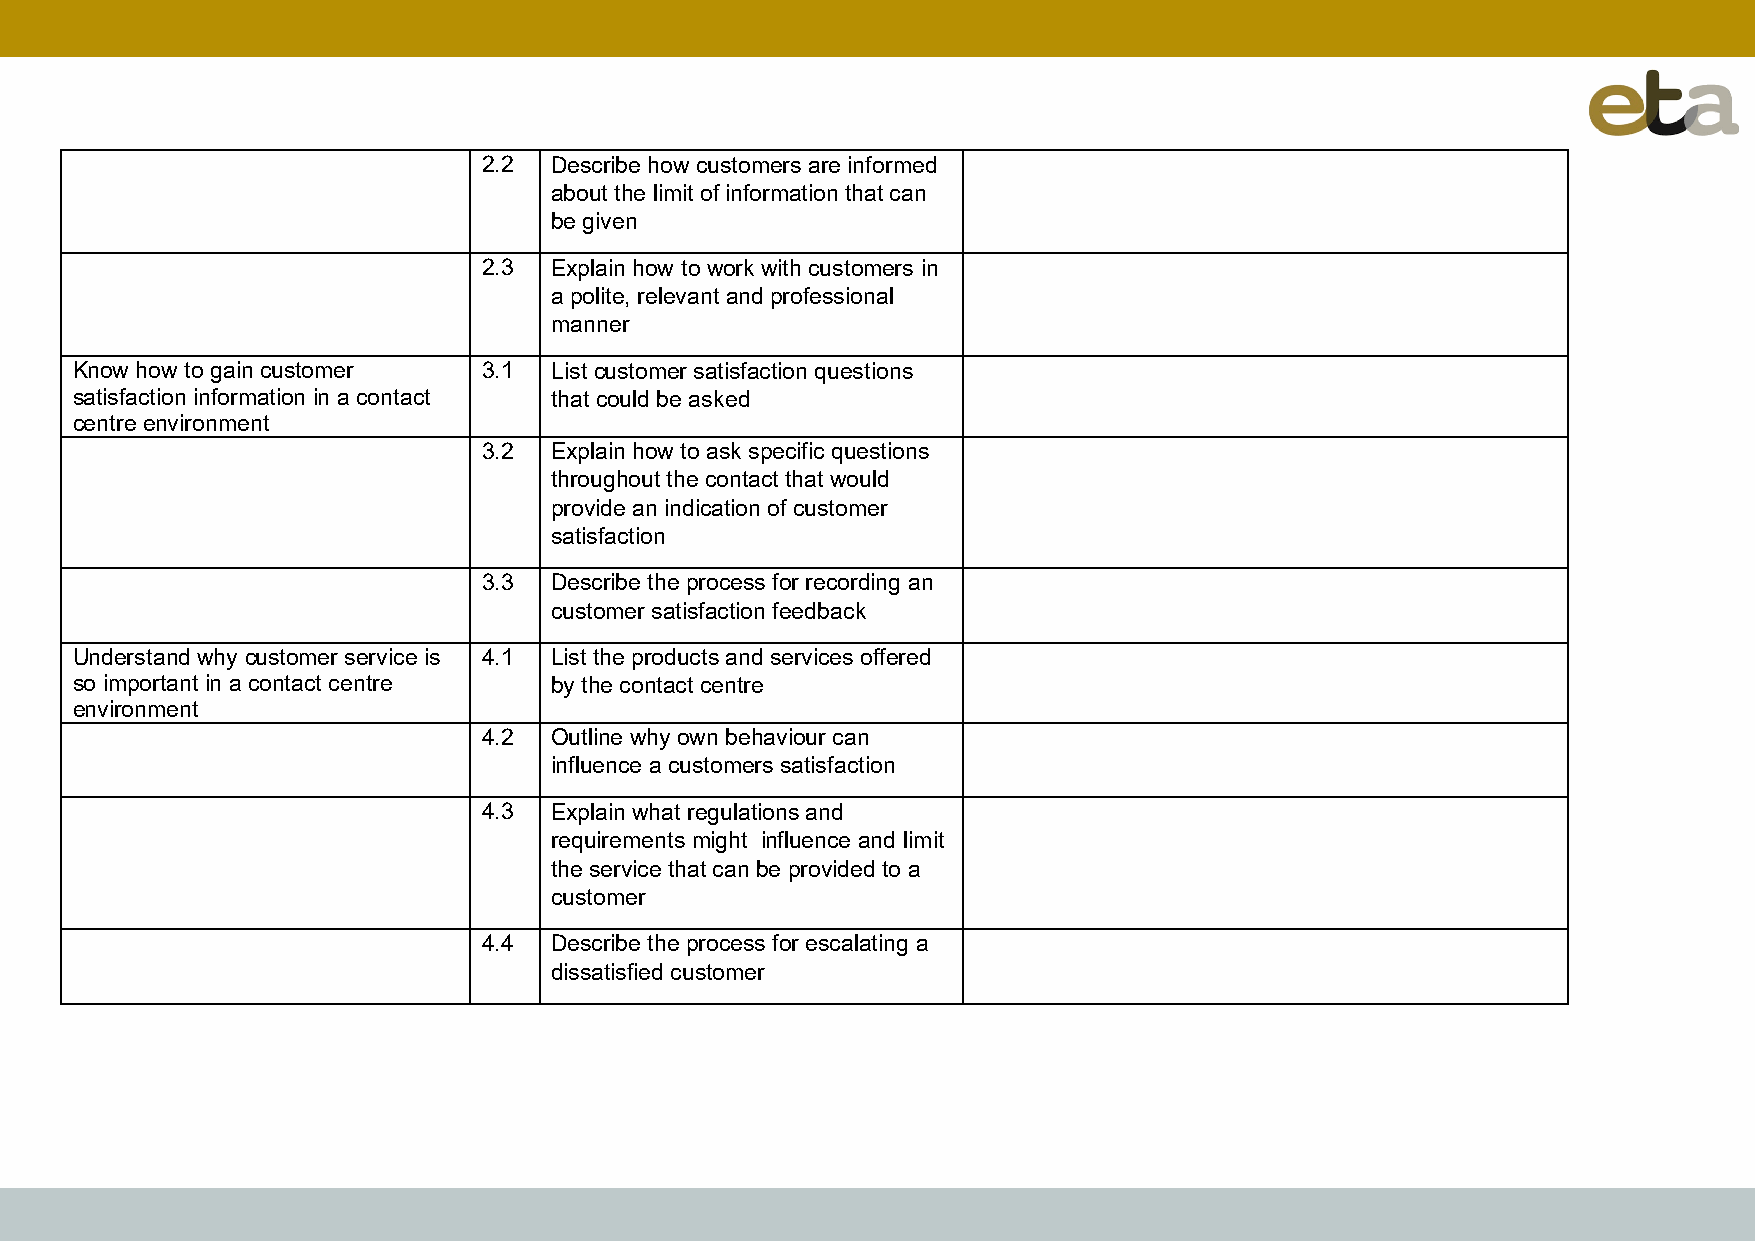
2.2 Describe how customers are informed
 about the limit of information that can
 be given
 2.3 Explain how to work with customers in
 a polite, relevant and professional
 manner
 Know how to gain customer  3.1 List customer satisfaction questions
 satisfaction information in a contact that could be asked
 centre environment
 3.2 Explain how to ask specific questions
 throughout the contact that would
 provide an indication of customer
 satisfaction
 3.3 Describe the process for recording an
 customer satisfaction feedback
 Understand why customer service is 4.1 List the products and services offered
 so important in a contact centre by the contact centre
 environment
 4.2 Outline why own behaviour can
 influence a customers satisfaction
 4.3 Explain what regulations and
 requirements might influence and limit
 the service that can be provided to a
 customer
 4.4 Describe the process for escalating a
 dissatisfied customer